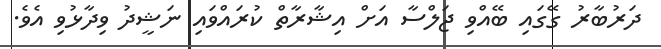
ދަރުބާރު ގޭގައި ބޭއްވި ޖަލްސާ އަށް އިޝާރާތް ކުރައްވައި ނަޝީދު ވިދާޅުވި އެވެ.